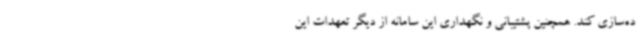
ده‌سازی کند. همچنین پشتیبانی و نگهداری این سامانه از دیگر تعهدات این